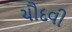
ચૌદવી